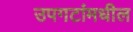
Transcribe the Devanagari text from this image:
उपगटांमधील